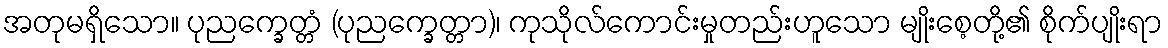
အတုမရှိသော။ ပုညက္ခေတ္တံ (ပုညက္ခေတ္တာ)၊ ကုသိုလ်ကောင်းမှုတည်းဟူသော မျိုးစေ့တို့၏ စိုက်ပျိုးရာ